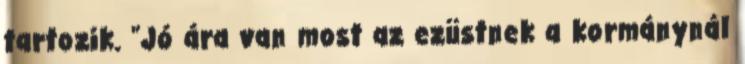
tartozik. "Jó ára van most az ezüstnek a kormánynál